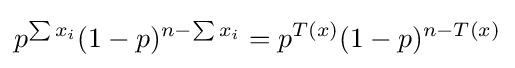
p^{\sum x_{i}}(1-p)^{n-\sum x_{i}}=p^{T(x)}(1-p)^{n-T(x)}